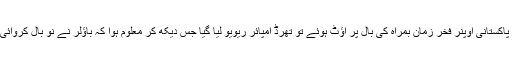
تفصیلات کے مطابق آئی سی سی چمیئنر ٹرافی کے فائنل میں پاکستانی اوپنر فخر زمان بمراہ کی بال پر آؤٹ ہوئے تو تھرڈ امپائر ریویو لیا گیا جس دیکھ کر معلوم ہوا کہ باؤلر نے نو بال کروائی ہے اور اس طرح پاکستانی بلے باز کو ناٹ آوٹ قرار دیا گیا۔